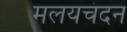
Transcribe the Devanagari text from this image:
मलयचंदन